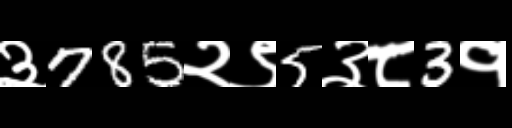
Text: ३785२९5३८3१